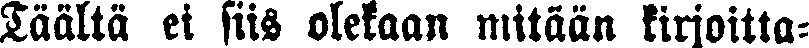
Täältä ei siis olekaan mitään kirjoitta-